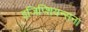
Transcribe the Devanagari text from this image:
इजिप्शियन्सना